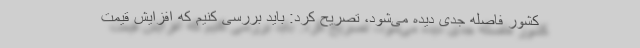
کشور فاصله جدی دیده می‌شود، تصریح کرد: باید بررسی کنیم که افزایش قیمت